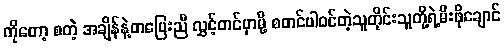
ကိုတော့ စတဲ့ အချိန်နဲ့တပြေးညီ လွှင့်တင်မှာမို့ စတင်ပါ၀င်တဲ့သူတိုင်းသူတို့ရဲ့မီးဖိုချောင်